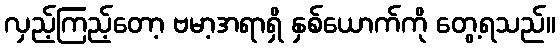
လှည့်ကြည့်တော့ ဗမာ့အရာရှိ နှစ်ယောက်ကို တွေ့ရသည်။